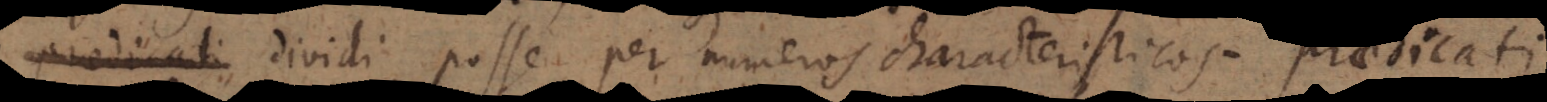
i dividi posse per numeros characteristicos praedicati